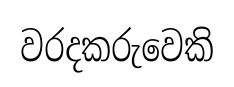
වරදකරුවෙකි